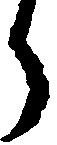
う